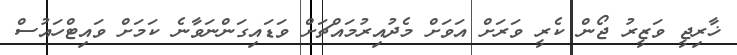
ޚާރިޖީ ވަޒީރު ޖޯން ކެރީ ވަރަށް އަވަށް މެދުއިރުމައްޗަށް ވަޑައިގަންނަވާނެ ކަމަށް ވައިޓްހައުސް